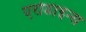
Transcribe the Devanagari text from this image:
एरोडाइन्स